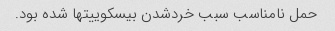
حمل نامناسب سبب خردشدن بیسکوییتها شده بود.